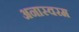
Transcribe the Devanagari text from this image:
अनास्वरम